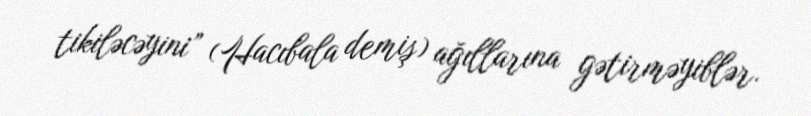
tikiləcəyini” (Hacıbala demiş) ağıllarına gətirməyiblər.